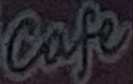
Cafe